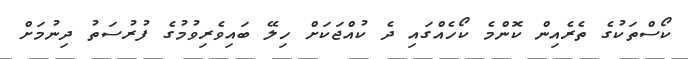
ކޯސްތަކުގެ ތެރެއިން ކޮންމެ ކޯހެއްގައި ދެ ކުއްޖަކަށް ހިލޭ ބައިވެރިވުމުގެ ފުރުސަތު ދިނުމަށް